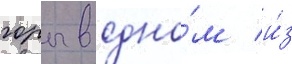
горы в одно́м и́з